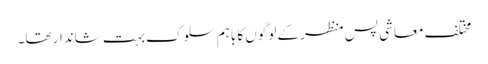
مختلف معاشی پس منظر کے لوگوں کا باہم سلوک بہت شاندار تھا۔